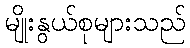
မျိုးနွယ်စုများသည်